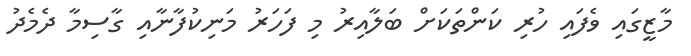
މާޒީގައި ވެފައި ހުރި ކަންތަކަށް ބަލާއިރު މި ފަހަރު މަނިކުފާނާއި ގާސިމާ ދެމެދު